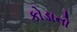
કોડાનો